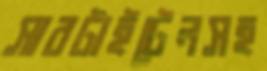
সাবটাইটেলসহ